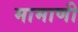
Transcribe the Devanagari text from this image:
मामाणी